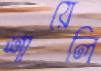
শায়েলি